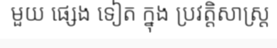
មួយ ផ្សេង ទៀត ក្នុង ប្រវត្តិសាស្ត្រ